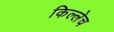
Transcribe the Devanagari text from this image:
किल्लेच